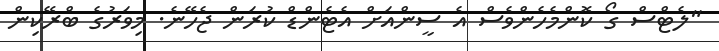
"ލެޓްސް ގޯ ކޮންމެހެންވެސް އެ ސީންއަށް އެޓެންޑް ކުރަން ޖެހޭނެ. މިވަރުގެ ބްރޭކިން